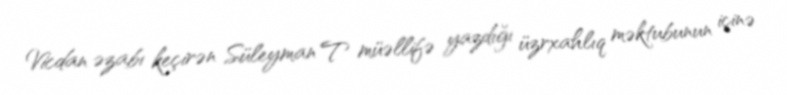
Vicdan əzabı keçirən Süleyman T müəllifə yazdığı üzrxahlıq məktubunun içinə